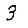
Digit: 3